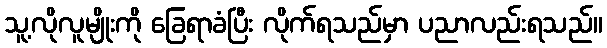
သူ့လိုလူမျိုးကို ခြေရာခံပြီး လိုက်ရသည်မှာ ပညာလည်းရသည်။